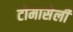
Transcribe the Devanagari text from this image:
टोमासेली